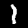
Digit: 1